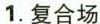
1.复合场